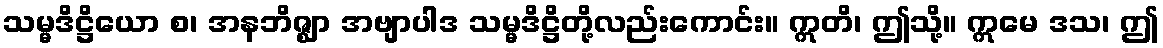
သမ္မဒိဋ္ဌိယော စ၊ အနဘိဇ္ဈာ အဗျာပါဒ သမ္မဒိဋ္ဌိတို့လည်းကောင်း။ ဣတိ၊ ဤသို့။ ဣမေ ဒသ၊ ဤ